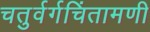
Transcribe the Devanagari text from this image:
चतुर्वर्गचिंतामणी